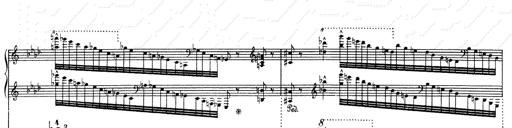
Title: Weinen, Klagen, Sorgen, Zagen
Composer: Franz Liszt